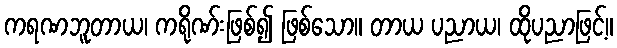
ကရဏဘူတာယ၊ ကရိုဏ်းဖြစ်၍ ဖြစ်သော။ တာယ ပညာယ၊ ထိုပညာဖြင့်။